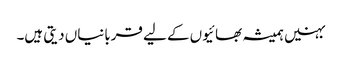
بہنیں ہمیشہ بھائیوں کے لیے قربانیاں دیتی ہیں۔